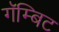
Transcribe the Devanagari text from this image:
गॅम्बिट